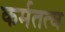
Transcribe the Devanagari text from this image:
कर्मतत्व